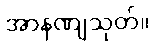
အာနဏျသုတ်။